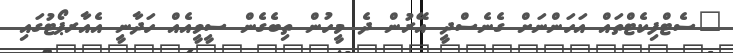
"ސެޓްފިކެޓްތައް އަހަންނަށް ގެނެސްދީ އޭރުން ދެ މީހުން ތިބެގެން ސީވީއެއް ހަދާނީ އެއާރޕޯޓުގައި